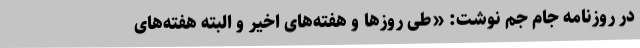
در روزنامه جام جم نوشت: «طی روزها و هفته‌های اخیر و البته هفته‌های